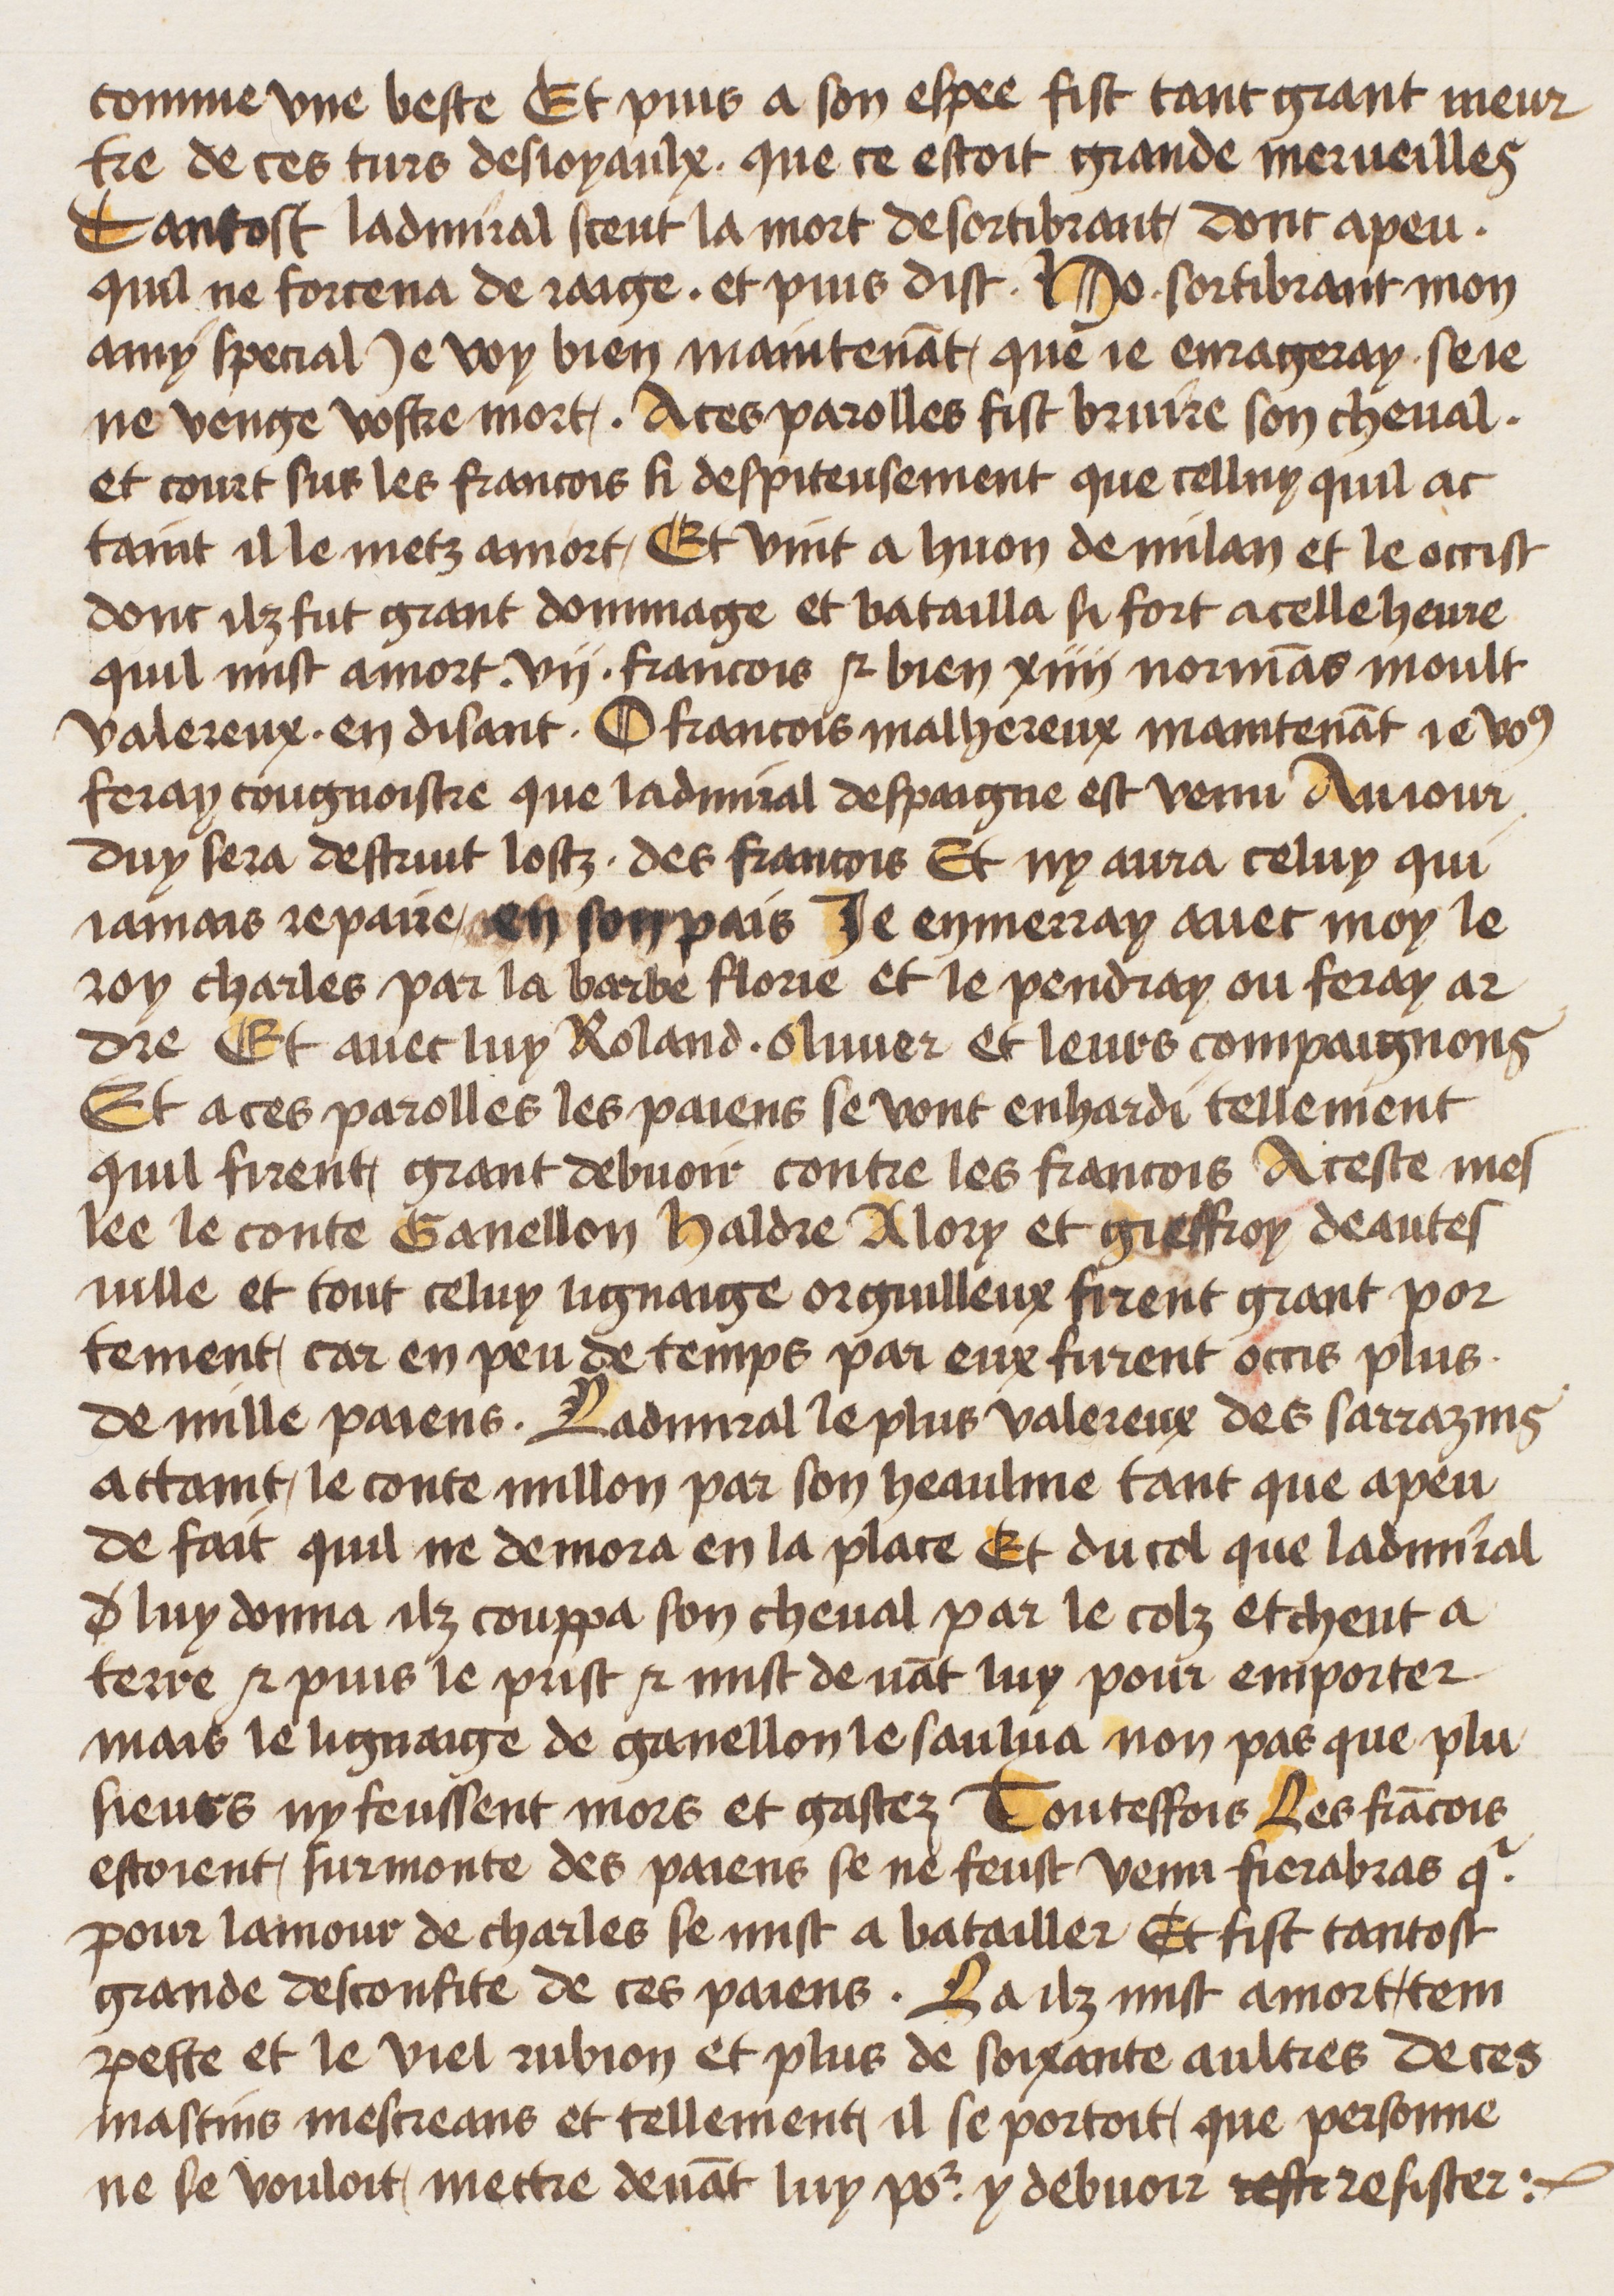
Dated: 1400–1499